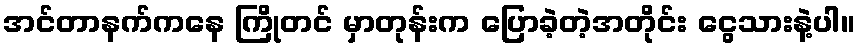
အင်တာနက်ကနေ ကြိုတင် မှာတုန်းက ပြောခဲ့တဲ့အတိုင်း ငွေသားနဲ့ပါ။